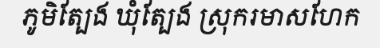
ភូមិត្បែង ឃុំត្បែង ស្រុករមាសហែក